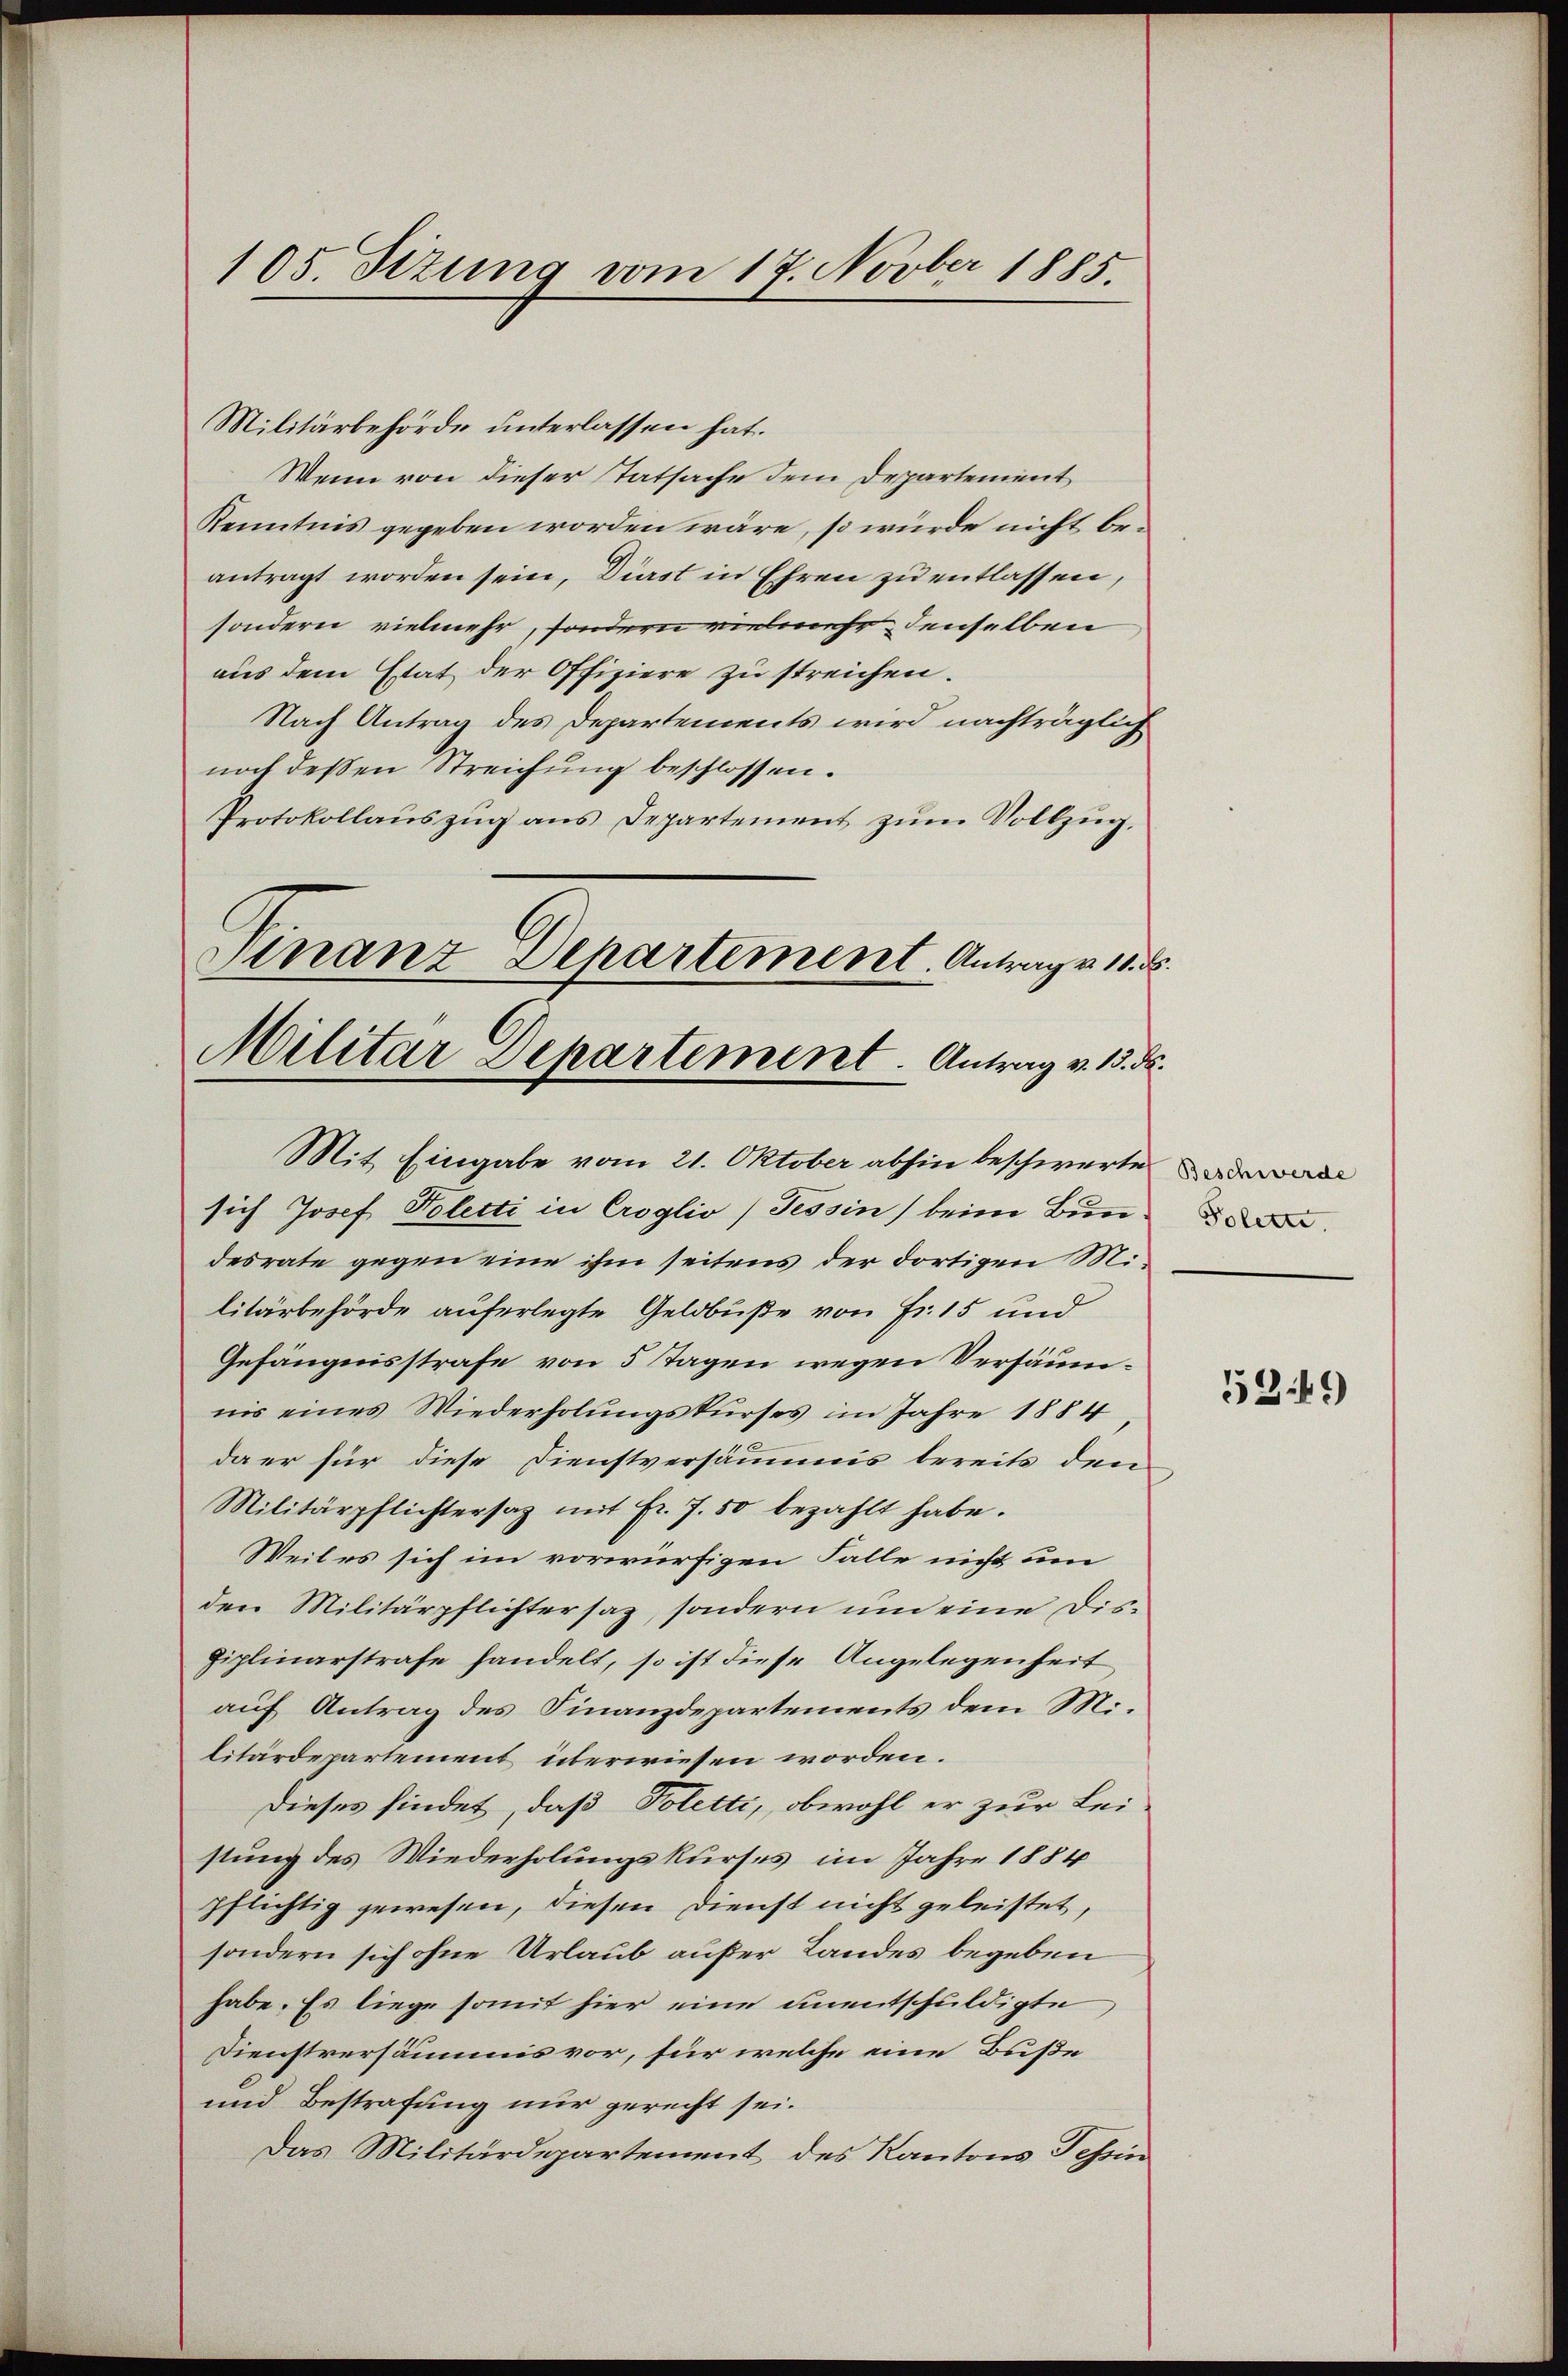
105. Sizung vom 17. Novber 1885.

Militärbehörde unterlassen hat.
Wenn von dieser Tatsache dem Departement
Kenntnis gegeben worden wäre, so würde nicht beantragt worden sein, Diest in Ehren zu entlassen,
sondern vielmehr, sondern vielmehr denselben
aus dem Etat der Offiziere zu streichen.
Nach Antrag des Departements wird nachträglich
noch deßen Streichung beschlossen.
Protokollaŭszŭg ans Departement zŭm Vollzŭg.
Finanz-Separtement. Antrag v. 11. ds.
Militar Departement. Antrag v. 15. d.

Mit Eingabe vom 21. Oktober abhin beschwerte

sich Josef Polecti in Croglio) Tessin beim Bundesrate gegen eine ihm seitens der dortigen Militärbehörde auferlegte Geldbuße von Fr. 15 und
Gefängnisstrafe von 5 Tagen wegen Versäumnis eines Wiederholungskurses im Jahre 1884
da er für diese Dienstversämmis bereits den
Militärpflichtersaz mit fr. 7. 50 bezahlt habe.
Weil es sich im vorwürfigen Falle nicht um
den Militärpflichtersaz, sondern und eine Dis¬
Fiplinarstrafe handelt, so ist diese Angelegenheit
auf Antrag des Finanzdepartements dem Militärdepartement überwiesen worden.
Dieses findet, daß Poletti, obwohl er zur Lei-
stung des Wiederholungskurses im Jahre 1884
pflichtig gewesen, diesen Dienst nicht geleistet,
sondern sich ohne Urlaub außer Landes begeben
habe. Es liege somit hier eine unentschuldigte
Dienstversämis vor, für welche eine Buße
und Bestrafung nur gerecht sei.
Das Militärdepartement des Kantons Tessin

Beschwerde
Polett.

539)